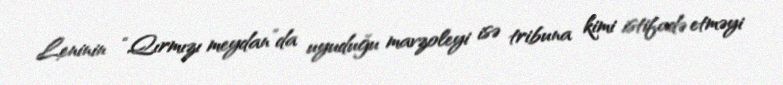
Leninin “Qırmızı meydan”da uyuduğu mavzoleyi isə tribuna kimi istifadə etməyi